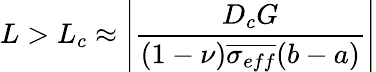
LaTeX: L>L_{c}\approx\left|\frac{D_{c}G}{(1-\nu)\overline{{\sigma_{eff}}}(b-a)}\right|